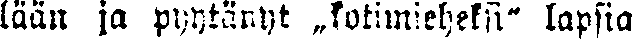
lään ja pyytänyt „kotimieheksi" lapsia